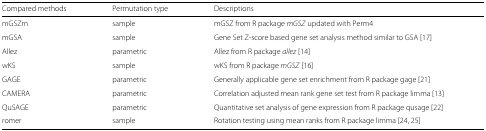
<table><thead><tr><td><b>Compared methods</b></td><td><b>Permutation type</b></td><td><b>Descriptions</b></td><td></td></tr></thead><tbody><tr><td>mGSZm</td><td>sample</td><td>mGSZ from R package <i>mGSZ</i> updated with Perm4</td><td></td></tr><tr><td>mGSA</td><td>sample</td><td>Gene Set Z-score based gene set analysis method similar to GSA [17]</td><td></td></tr><tr><td>Allez</td><td>parametric</td><td>Allez from R package <i>allez</i> [14]</td><td></td></tr><tr><td>wKS</td><td>sample</td><td>wKS from R package <i>mGSZ</i> [16]</td><td></td></tr><tr><td>GAGE</td><td>parametric</td><td>Generally applicable gene set enrichment from R package gage [21]</td><td></td></tr><tr><td>CAMERA</td><td>parametric</td><td>Correlation adjusted mean rank gene set test from R package limma [13]</td><td></td></tr><tr><td>QuSAGE</td><td>parametric</td><td>Quantitative set analysis of gene expression from R package qusage [22]</td><td></td></tr><tr><td>romer</td><td>sample</td><td>Rotation testing using mean ranks from R package limma [24, 25]</td><td></td></tr></tbody></table>